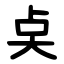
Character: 奌